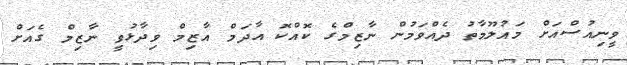
ވީނިއުސްއަށް މައުލޫމާތު ދެއްވަމުން ނާޒިމްގެ ކޮއްކޮ އާދަމް އާޒިމް ވިދާޅުވީ ނާޒިމް ގެއަށް